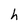
Character: h